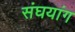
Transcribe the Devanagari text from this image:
संघयांग